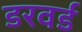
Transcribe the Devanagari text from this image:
डरवर्ड